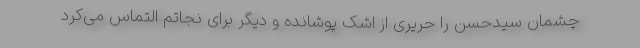
چشمان سیدحسن را حریری از اشک پوشانده و دیگر برای نجاتم التماس می‌کرد